Indian journal of veterinary science and animal husbandry - Volumes 15-17, 1948-1951
Year: 1948
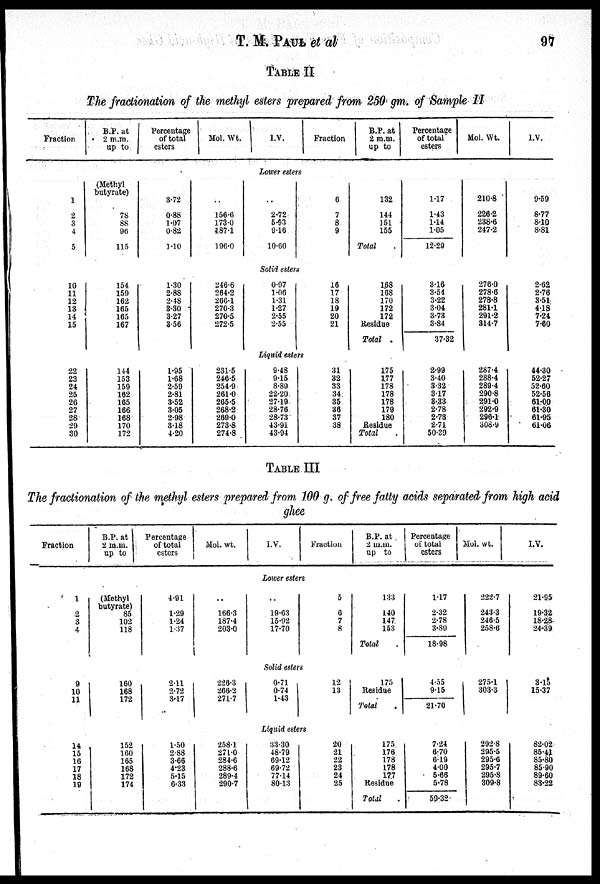
T. M PAUL et al
97
TABLE II
The fractionation of the methyl esters prepared from 250 gm. of Sample II
Fraction
B.P. at
2 m.m.
up to
Percentage
of total
esters
Mol. Wt.
I.V.
Fraction
B.P. at
2 m.m.
up to
Percentage
of total
esters
Mol. Wt.
I.V.
Lower esters
1
2
3
4
5
(Methyl
butyrate)
78
88
96
115
3.72
0.88
1.07
0.82
1.10
..
156.6
173.0
187.1
196.0
..
2.72
5.93
9.16
10.60
6
7
8
9
132
144
151
155
Total
1.17
1.43
1.14
1.05
12.29
210.8
226.2
238.6
247.2
9.59
8.77
8.10
8.81
Solid esters
10
11
12
13
14
15
154
159
162
165
165
167
1.30
2.88
2.48
3.30
3.27
3.56
246.6
264.2
266.1
270.3
270.5
272.5
0.97
1.06
1.31
1.27
2.55
2.55
16
17
18
19
20
21
168
168
170
172
172
Residue
Total
3.16
3.54
3.22
3.04
3.73
3.84
37.32
276.0
278.6
278.8
281.1
291.2
314.7
2.62
2.76
3.51
4.18
7.24
7.60
Liquid esters
22
23
24
25
26
27
28
29
30
144
153
159
162
165
166
168
170
172
1.95
1.68
2.59
2.81
3.52
3.05
2.98
3.18
4.20
231.5
246.5
254.9
261.0
265.5
268.2
269.0
273.8
274.8
9.48
9.15
8.89
22.20
27.19
28.76
28.73
43.91
43.94
31
32
33
34
35
36
37
38
175
177
178
178
178
179
180
Residue
Total
2.99
3.40
3.32
3.17
3.33
2.78
2.73
2.71
50.39
287.4
288.4
289.4
290.8
291.0
292.9
296.1
308.9
44.30
52.27
52.60
52.56
61.00
61.30
61.95
61.06
TABLE III
The fractionation of the methyl esters prepared from 100 g. of free fatty acids separated from high acid
ghee
Fraction
B.P. at
2 m.m.
up to
Percentage
of total
esters
Mol. wt.
I.V.
Fraction
B.P. at
2 m.m.
up to
Percentage
of total
esters
Mol. wt.
I.V.
Lower esters
1
2
3
4
(Methyl
butyrate)
85
102
118
4.91
1.29
1.24
1.37
..
166.3
187.4
203.0
..
19.63
15.92
17.70
5
6
7
8
133
140
147
153
Total
1.17
2.32
2.78
3.89
18.98
222.7
243.3
246.5
258.6
21.95
19.32
18.28
24.39
Solid esters
9
10
11
160
168
172
2.11
2.72
3.17
226.3
266.2
271.7
0.71
0.74
1.43
12
13
175
Residue
Total
4.55
9.15
21.70
275.1
303.3
3.15
15.37
Liquid esters
14
15
16
17
18
19
152
160
165
168
172
174
1.50
2.88
3.66
4.23
5.15
6.33
258.1
271.0
284.6
288.6
289.4
290.7
33.30
48.79
69.12
69.72
77.14
80.13
20
21
22
23
24
25
175
176
178
178
177
Residue
Total
7.24
6.70
6.19
4.00
5.66
5.78
59.32
292.8
295.5
295.6
295.7
295.8
309.8
82.02
85.41
85.80
85.90
89.60
83.22